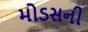
મોડસની